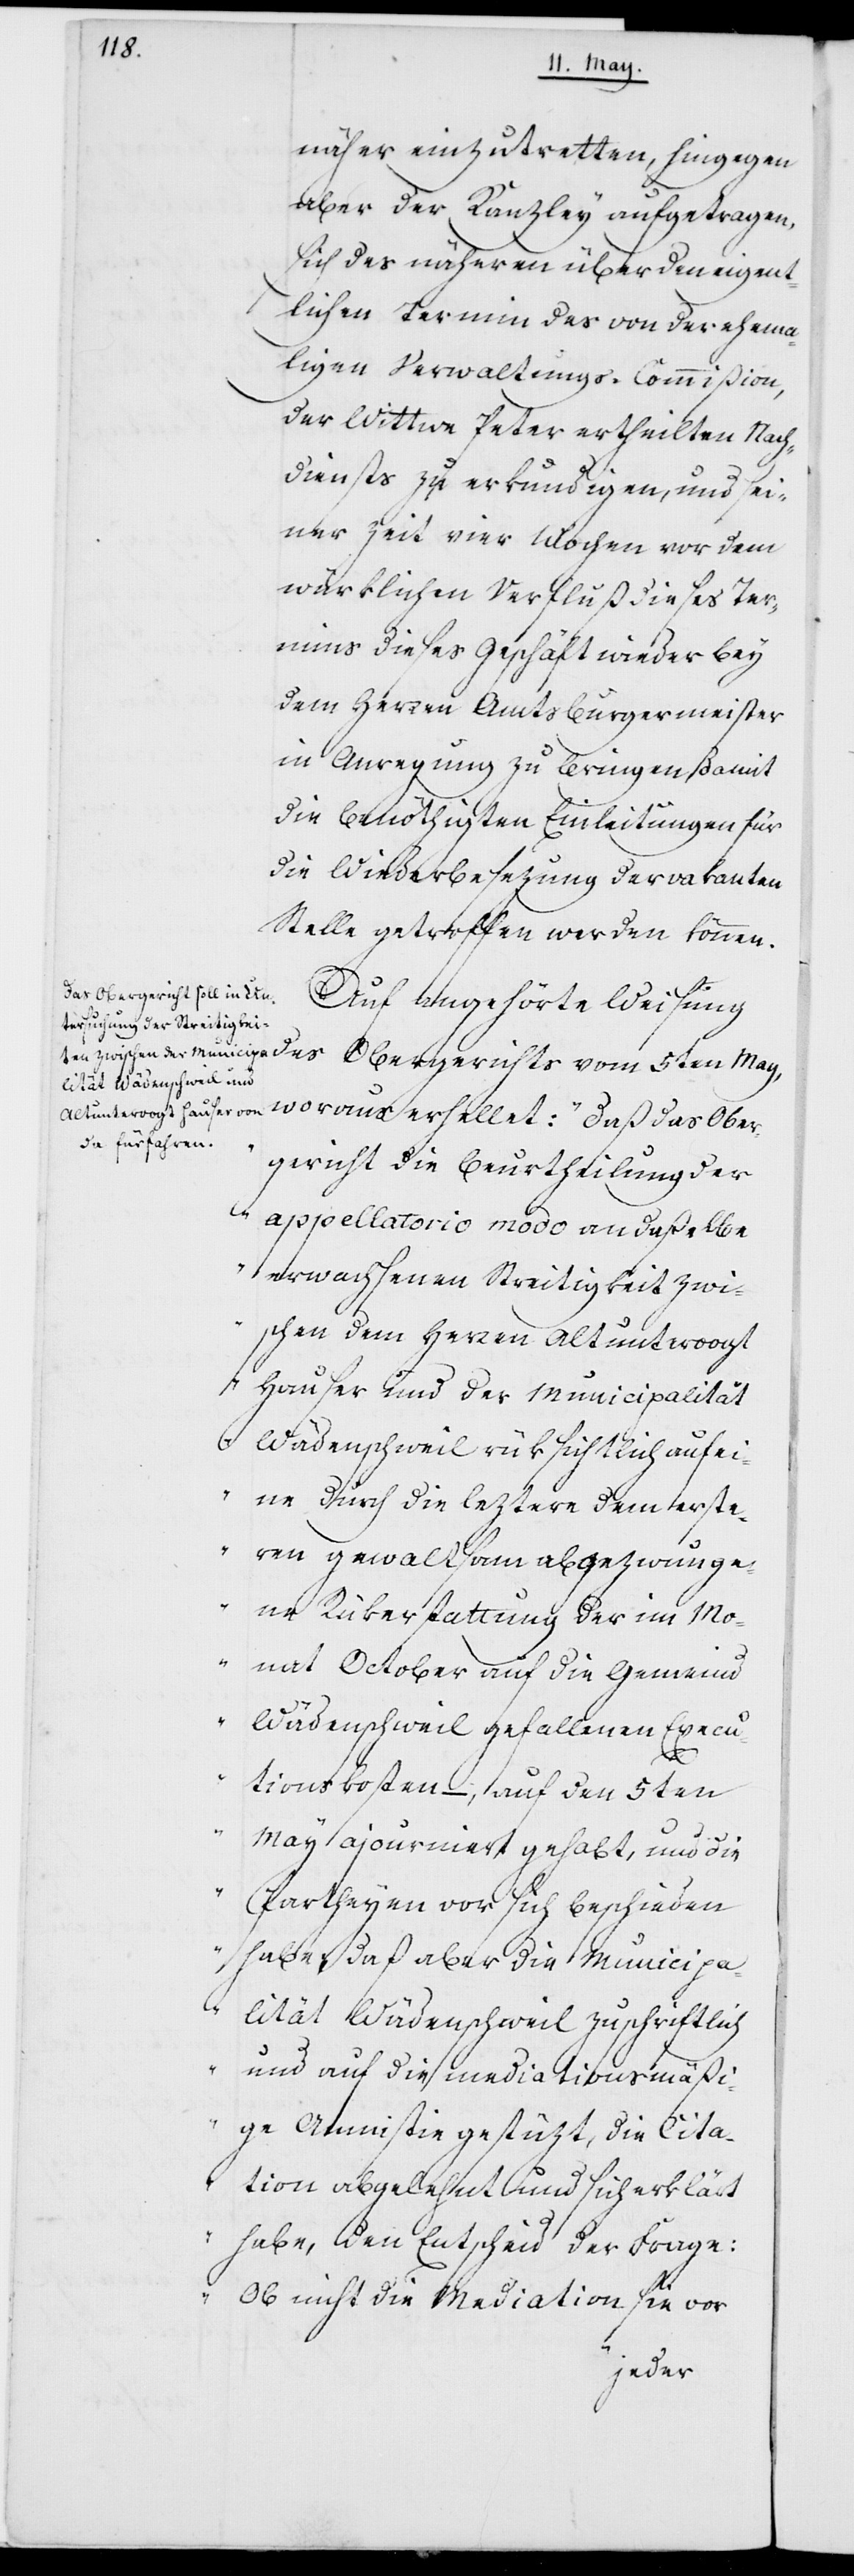
näher einzutretten, hingegen
aber der Kanzley aufgetragen,
sich des näheren über den eigent¬
lichen Termin des von der ehema¬
ligen Verwaltungs-Commißion
der Wittwe Peter ertheilten Nach¬
diensts zu erkundigen, und sei¬
ner Zeit vier Wochen vor dem
würklichen Verfluß dieses Ter¬
mins dieses Geschäft wieder bey
dem Herren Amtsburgermeister
in Anregung zu bringen, damit
die benöthigten Einleitungen für
die Wiederbesezung der vakanten
Stelle getroffen werden können.
Auf angehörte Weisung
des Obergerichts vom 5ten Ma¬
y, woraus erhelltet: „Daß das Ober¬
gericht die Beurtheilung der
appellatorio modo an daßelbe
erwachsenen Streitigkeit zwi¬
schen dem Herren Altuntervogt
Hauser und der Municipalität
Wädenschweil rüksichtlich auf ei¬
ne durch die leztere dem erste¬
ren gewaltsam abgezwunge¬
ne Rükerstattung der im Mo¬
nat October auf die Gemeind
Wädenschweil gefallenen Execu¬
tionskosten, – auf den 5ten
May ajourniert gehabt, und die
Partheyen vor sich beschieden
habe, daß aber die Municipa¬
lität Wädenschweil zuschriftlich
und auf die mediationsmäßi¬
ge Amnistie gestüzt, die Cita¬
tion abgelehnt und sich erklärt
habe, den Entscheid der Frage:
Ob nicht die Mediation sie vor